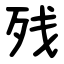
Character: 残